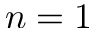
n = 1